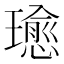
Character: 𤪂